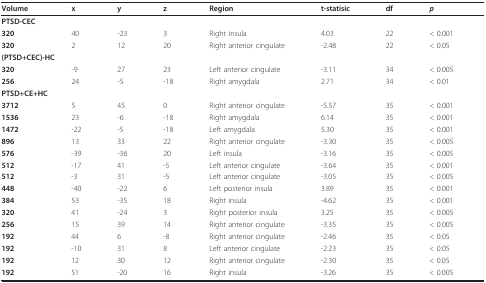
<table><thead><tr><td><b>Volume</b></td><td><b>x</b></td><td><b>y</b></td><td><b>z</b></td><td><b>Region</b></td><td><b>t-statisic</b></td><td><b>df</b></td><td><b><i>p</i></b></td></tr></thead><tbody><tr><td><b>PTSD-CEC</b></td><td></td><td></td><td></td><td></td><td></td><td></td><td></td></tr><tr><td><b>320</b></td><td>40</td><td>-23</td><td>3</td><td>Right insula</td><td>4.03</td><td>22</td><td>&lt; 0.001</td></tr><tr><td><b>320</b></td><td>2</td><td>12</td><td>20</td><td>Right anterior cingulate</td><td>-2.48</td><td>22</td><td>&lt; 0.05</td></tr><tr><td colspan="4"><b>(PTSD+CEC)-HC</b></td><td></td><td></td><td></td><td></td></tr><tr><td><b>320</b></td><td>-9</td><td>27</td><td>23</td><td>Left anterior cingulate</td><td>-3.11</td><td>34</td><td>&lt; 0.005</td></tr><tr><td><b>256</b></td><td>24</td><td>-5</td><td>-18</td><td>Right amygdala</td><td>2.71</td><td>34</td><td>&lt; 0.01</td></tr><tr><td colspan="4"><b>PTSD+CE+HC</b></td><td></td><td></td><td></td><td></td></tr><tr><td><b>3712</b></td><td>5</td><td>45</td><td>0</td><td>Right anterior cingulate</td><td>-5.57</td><td>35</td><td>&lt; 0.001</td></tr><tr><td><b>1536</b></td><td>23</td><td>-6</td><td>-18</td><td>Right amygdala</td><td>6.14</td><td>35</td><td>&lt; 0.001</td></tr><tr><td><b>1472</b></td><td>-22</td><td>-5</td><td>-18</td><td>Left amygdala</td><td>5.30</td><td>35</td><td>&lt; 0.001</td></tr><tr><td><b>896</b></td><td>13</td><td>33</td><td>22</td><td>Right anterior cingulate</td><td>-3.30</td><td>35</td><td>&lt; 0.005</td></tr><tr><td><b>576</b></td><td>-39</td><td>-36</td><td>20</td><td>Left insula</td><td>-3.16</td><td>35</td><td>&lt; 0.005</td></tr><tr><td><b>512</b></td><td>-17</td><td>41</td><td>-5</td><td>Left anterior cingulate</td><td>-3.64</td><td>35</td><td>&lt; 0.001</td></tr><tr><td><b>512</b></td><td>-3</td><td>31</td><td>-5</td><td>Left anterior cingulate</td><td>-3.05</td><td>35</td><td>&lt; 0.005</td></tr><tr><td><b>448</b></td><td>-40</td><td>-22</td><td>6</td><td>Left posterior insula</td><td>3.89</td><td>35</td><td>&lt; 0.001</td></tr><tr><td><b>384</b></td><td>53</td><td>-35</td><td>18</td><td>Right insula</td><td>-4.62</td><td>35</td><td>&lt; 0.001</td></tr><tr><td><b>320</b></td><td>41</td><td>-24</td><td>3</td><td>Right posterior insula</td><td>3.25</td><td>35</td><td>&lt; 0.005</td></tr><tr><td><b>256</b></td><td>15</td><td>39</td><td>14</td><td>Right anterior cingulate</td><td>-3.35</td><td>35</td><td>&lt; 0.005</td></tr><tr><td><b>192</b></td><td>44</td><td>6</td><td>-8</td><td>Right anterior cingulate</td><td>-2.46</td><td>35</td><td>&lt; 0.05</td></tr><tr><td><b>192</b></td><td>-10</td><td>31</td><td>8</td><td>Left anterior cingulate</td><td>-2.23</td><td>35</td><td>&lt; 0.05</td></tr><tr><td><b>192</b></td><td>12</td><td>30</td><td>12</td><td>Right anterior cingulate</td><td>-2.30</td><td>35</td><td>&lt; 0.05</td></tr><tr><td><b>192</b></td><td>51</td><td>-20</td><td>16</td><td>Right insula</td><td>-3.26</td><td>35</td><td>&lt; 0.005</td></tr></tbody></table>